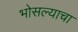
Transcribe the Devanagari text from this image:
भोसल्याचा